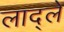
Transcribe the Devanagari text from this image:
लाद्ले